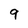
Character: 9